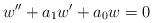
LaTeX: \begin{align*} w''+a_1 w' + a_0w = 0 \end{align*}